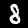
Digit: 8